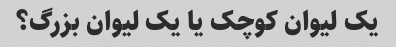
یک لیوان کوچک یا یک لیوان بزرگ؟